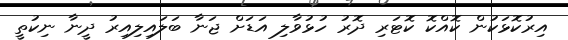
އިރުކޮޅަކުން ކޮއްކޮ ކޮޓަރި ދޮރު ހުޅުވާލި އަޑަށް ޖަނާ ބަލައިލިއިރު ދީނާ ނިކުތީ